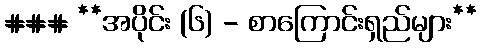
### **အပိုင်း (၆) - စာကြောင်းရှည်များ**